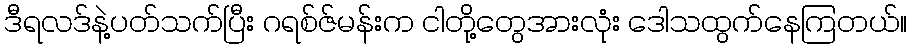
ဒီရလဒ်နဲ့ပတ်သက်ပြီး ဂရစ်ဇ်မန်းက ငါတို့တွေအားလုံး ဒေါသထွက်နေကြတယ်။